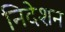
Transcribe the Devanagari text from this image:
निदेशन